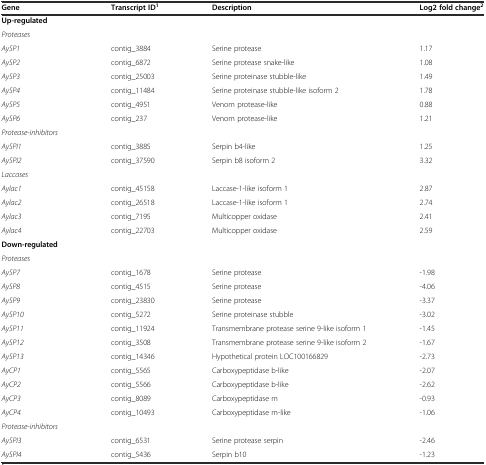
| Gene | Transcript ID1 | Description | Log2 fold change2 |
 | --- | --- | --- | --- |
 | Up-regulated |  |  |  |
 | Proteases |  |  |  |
 | AySP1 | contig_3884 | Serine protease | 1.17 |
 | AySP2 | contig_6872 | Serine protease snake-like | 1.08 |
 | AySP3 | contig_25003 | Serine proteinase stubble-like | 1.49 |
 | AySP4 | contig_11484 | Serine proteinase stubble-like isoform 2 | 1.78 |
 | AySP5 | contig_4951 | Venom protease-like | 0.88 |
 | AySP6 | contig_237 | Venom protease-like | 1.21 |
 | Protease-inhibitors |  |  |  |
 | AySPI1 | contig_3885 | Serpin b4-like | 1.25 |
 | AySPI2 | contig_37590 | Serpin b8 isoform 2 | 3.32 |
 | Laccases |  |  |  |
 | Aylac1 | contig_45158 | Laccase-1-like isoform 1 | 2.87 |
 | Aylac2 | contig_26518 | Laccase-1-like isoform 1 | 2.74 |
 | Aylac3 | contig_7195 | Multicopper oxidase | 2.41 |
 | Aylac4 | contig_22703 | Multicopper oxidase | 2.59 |
 | Down-regulated |  |  |  |
 | Proteases |  |  |  |
 | AySP7 | contig_1678 | Serine protease | -1.98 |
 | AySP8 | contig_4515 | Serine protease | -4.06 |
 | AySP9 | contig_23830 | Serine protease | -3.37 |
 | AySP10 | contig_5272 | Serine proteinase stubble | -3.02 |
 | AySP11 | contig_11924 | Transmembrane protease serine 9-like isoform 1 | -1.45 |
 | AySP12 | contig_3508 | Transmembrane protease serine 9-like isoform 2 | -1.67 |
 | AySP13 | contig_14346 | Hypothetical protein LOC100166829 | -2.73 |
 | AyCP1 | contig_5565 | Carboxypeptidase b-like | -2.07 |
 | AyCP2 | contig_5566 | Carboxypeptidase b-like | -2.62 |
 | AyCP3 | contig_8089 | Carboxypeptidase m | -0.93 |
 | AyCP4 | contig_10493 | Carboxypeptidase m-like | -1.06 |
 | Protease-inhibitors |  |  |  |
 | AySPI3 | contig_6531 | Serine protease serpin | -2.46 |
 | AySPI4 | contig_5436 | Serpin b10 | -1.23 |